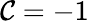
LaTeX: \mathcal{C}=-1